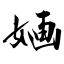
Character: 婳